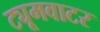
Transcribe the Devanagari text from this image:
ट्यूमवाटर